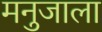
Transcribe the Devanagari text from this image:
मनुजाला